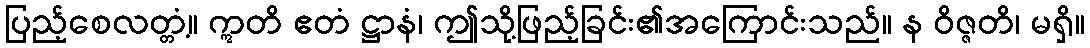
ပြည့်စေလတ္တံ့။ ဣတိ ဧတံ ဋ္ဌာနံ၊ ဤသို့ဖြည့်ခြင်း၏အကြောင်းသည်။ န ဝိဇ္ဇတိ၊ မရှိ။